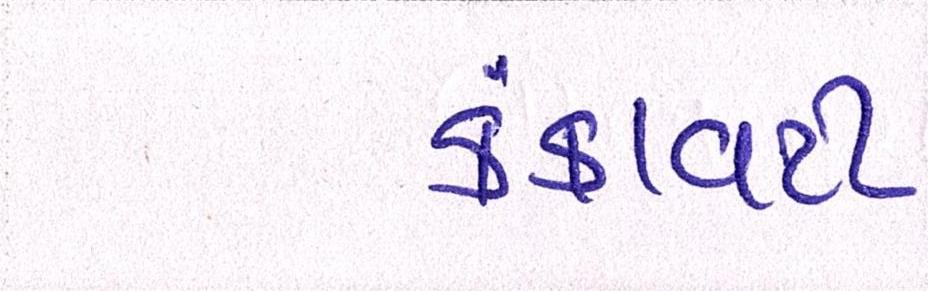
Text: કંકાવટી